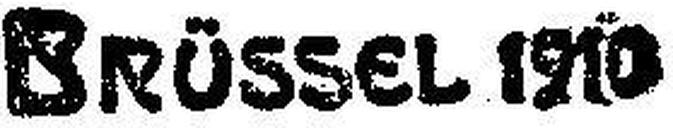
Brüssel ###